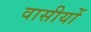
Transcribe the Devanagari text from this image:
वासीयों